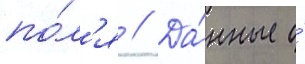
по́л'я // Да́нные о́